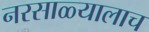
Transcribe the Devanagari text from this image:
नरसाळ्यालाच